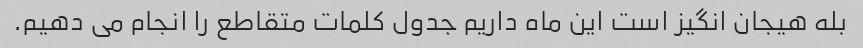
بله هیجان انگیز است این ماه داریم جدول کلمات متقاطع را انجام می دهیم.